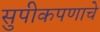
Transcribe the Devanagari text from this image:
सुपीकपणाचे